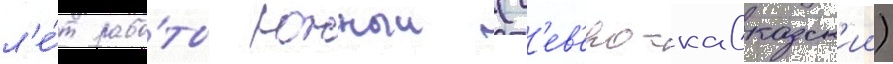
л'е́т рабо́ты южныи (с'ев'еро-кавказск'ии)